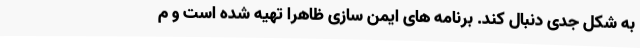
به شکل جدی دنبال کند. برنامه های ایمن سازی ظاهرا تهیه شده است و م